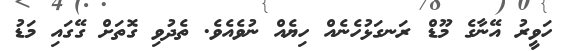
ހަވީރު އޭނާގެ މޫޑް ރަނގަޅުހެނެއް ހިޔެއް ނުވެއެވެ. ތެދުވި ގޮތަށް ގޭގައި މަޑު